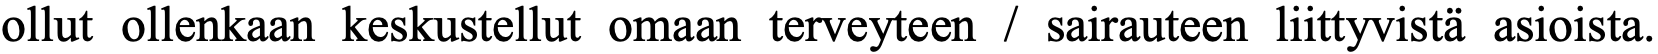
ollut ollenkaan keskustellut omaan terveyteen / sairauteen liittyvistä asioista.